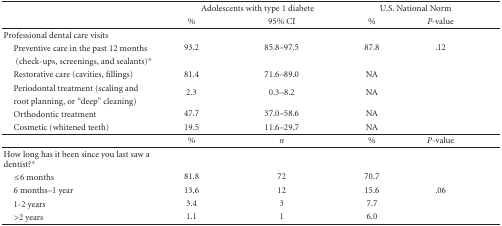
<table><thead><tr><td></td><td colspan="2"><b>Adolescents with type 1 diabete</b></td><td colspan="2"><b>U.S. National Norm</b></td></tr><tr><td></td><td><b>%</b></td><td><b>95% CI</b></td><td><b>%</b></td><td><b><i>P</i>-value</b></td></tr></thead><tbody><tr><td>Professional dental care visits</td><td></td><td></td><td></td><td></td></tr><tr><td> Preventive care in the past 12 months</td><td>93.2</td><td>85.8–97.5</td><td>87.8</td><td>.12</td></tr><tr><td>(check-ups, screenings, and sealants)*</td><td></td><td></td><td></td><td></td></tr><tr><td> Restorative care (cavities, fillings)</td><td>81.4</td><td>71.6–89.0</td><td>NA</td><td></td></tr><tr><td> Periodontal treatment (scaling and</td><td rowspan="2">2.3</td><td rowspan="2">0.3–8.2</td><td rowspan="2">NA</td><td></td></tr><tr><td> root planning, or “deep” cleaning)</td><td></td></tr><tr><td> Orthodontic treatment</td><td>47.7</td><td>37.0–58.6</td><td>NA</td><td></td></tr><tr><td> Cosmetic (whitened teeth)</td><td>19.5</td><td>11.6–29.7</td><td>NA</td><td></td></tr><tr><td></td><td>%</td><td><i>n</i></td><td>%</td><td><i>P</i>-value</td></tr><tr><td>How long has it been since you last saw a dentist?*</td><td></td><td></td><td></td><td></td></tr><tr><td> ≤6 months</td><td>81.8</td><td>72</td><td>70.7</td><td></td></tr><tr><td> 6 months–1 year</td><td>13.6</td><td>12</td><td>15.6</td><td>.06</td></tr><tr><td> 1-2 years</td><td>3.4</td><td>3</td><td>7.7</td><td></td></tr><tr><td> &gt;2 years</td><td>1.1</td><td>1</td><td>6.0</td><td></td></tr></tbody></table>